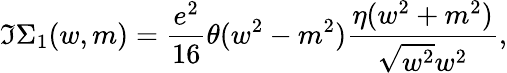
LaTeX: \Im\Sigma_{1}(w,m)=\frac{e^{2}}{16}\theta(w^{2}-m^{2})\frac{\eta(w^{2}+m^{2})}{\sqrt{w^{2}}w^{2}},